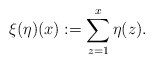
\begin{align*}\xi(\eta) (x):=\sum_{z=1}^x \eta(z).\end{align*}